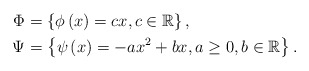
\begin{align*}\Phi & =\left\{ \phi\left(x\right)=cx,c\in\mathbb{R}\right\} ,\\\Psi & =\left\{ \psi\left(x\right)=-ax^{2}+bx,a\geq0,b\in\mathbb{R}\right\} .\end{align*}